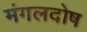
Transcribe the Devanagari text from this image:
मंगलदोष